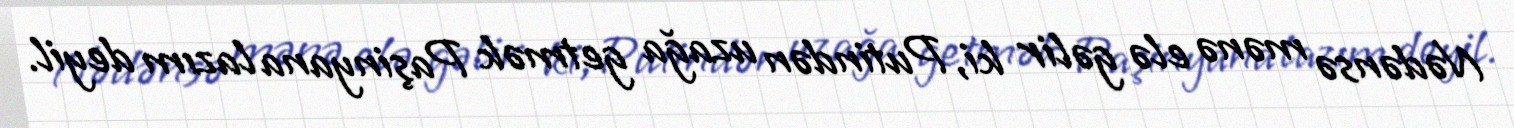
Nədənsə mənə elə gəlir ki, Putindən uzağa getmək Paşinyana lazım deyil.